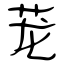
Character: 茏